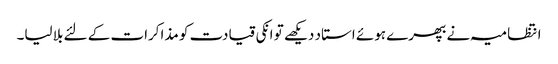
انتظامیہ نے بھپرے ہوئے استاد دیکھے تو انکی قیادت کو مذاکرات کے لئے بلا لیا۔